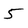
Character: 5